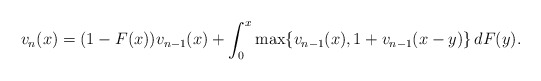
\begin{align*}v_n(x)=(1-F(x)) v_{n-1}(x) + \int_0^x \max \{ v_{n-1}(x), 1+ v_{n-1}(x-y) \}\, dF(y).\end{align*}